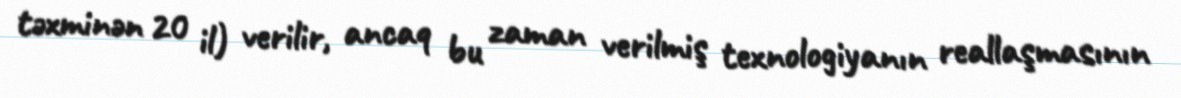
təxminən 20 il) verilir, ancaq bu zaman verilmiş texnologiyanın reallaşmasının